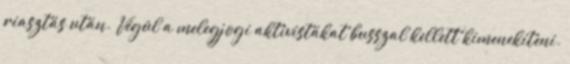
riasztás után. Végül a melegjogi aktivistákat busszal kellett kimenekíteni.